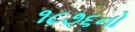
૧૮૭૬નો